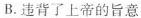
B.违背了上帝的旨意